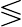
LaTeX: \lessgtr